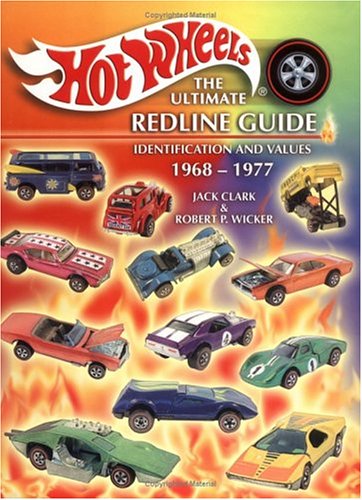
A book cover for Hot Wheels, the Ultimate Redline Guide: Identification and Values; Jack Clark; Crafts, Hobbies & Home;